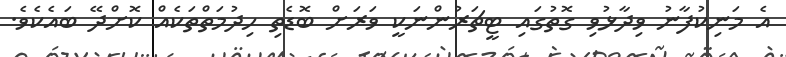
އެ މަނިކުފާނު ވިދާޅުވި ގޮތުގައި ޓީޗަރުންނަކީ ވަރަށް ބޮޑެތި ހިދުމަތްތަކެއް ކޮށްދޭ ބައެކެވެ.